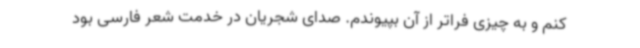
کنم و به چیزی فراتر از آن بپیوندم. صدای شجریان در خدمت شعر فارسی بود